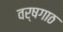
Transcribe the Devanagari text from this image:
वर्षगाठ